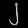
Digit: ၂